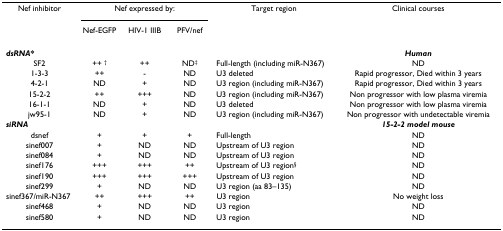
<table><thead><tr><td><b>Nef inhibitor</b></td><td colspan="3"><b>Nef expressed by:</b></td><td><b>Target region</b></td><td><b>Clinical courses</b></td></tr><tr><td></td><td><b>Nef-EGFP</b></td><td><b>HIV-1 IIIB</b></td><td><b>PFV/nef</b></td><td></td><td></td></tr></thead><tbody><tr><td><b><i>dsRNA</i>*</b></td><td></td><td></td><td></td><td></td><td><b><i>Human</i></b></td></tr><tr><td>SF2</td><td>++ <sup>†</sup></td><td>++</td><td>ND<sup>‡</sup></td><td>Full-length (including miR-N367)</td><td>ND</td></tr><tr><td>1-3-3</td><td>++</td><td>-</td><td>ND</td><td>U3 deleted</td><td>Rapid progressor, Died within 3 years</td></tr><tr><td>4-2-1</td><td>ND</td><td>+</td><td>ND</td><td>U3 region (including miR-N367)</td><td>Rapid progressor, Died within 3 years</td></tr><tr><td>15-2-2</td><td>++</td><td>+++</td><td>ND</td><td>U3 region (including miR-N367)</td><td>Non progressor with low plasma viremia</td></tr><tr><td>16-1-1</td><td>ND</td><td>+</td><td>ND</td><td>U3 deleted</td><td>Non progressor with low plasma viremia</td></tr><tr><td>jw95-1</td><td>ND</td><td>+</td><td>ND</td><td>U3 region (including miR-N367)</td><td>Non progressor with undetectable viremia</td></tr><tr><td><b><i>siRNA</i></b></td><td></td><td></td><td></td><td></td><td><b><i>15-2-2 model mouse</i></b></td></tr><tr><td>dsnef</td><td>+</td><td>+</td><td>+</td><td>Full-length</td><td>ND</td></tr><tr><td>sinef007</td><td>+</td><td>ND</td><td>ND</td><td>Upstream of U3 region</td><td>ND</td></tr><tr><td>sinef084</td><td>+</td><td>ND</td><td>ND</td><td>Upstream of U3 region</td><td>ND</td></tr><tr><td>sinef176</td><td>+++</td><td>+++</td><td>++</td><td>Upstream of U3 region<sup>§</sup></td><td>ND</td></tr><tr><td>sinef190</td><td>+++</td><td>+++</td><td>+++</td><td>Upstream of U3 region</td><td>ND</td></tr><tr><td>sinef299</td><td>+</td><td>ND</td><td>ND</td><td>U3 region (aa 83–135)</td><td>ND</td></tr><tr><td>sinef367/miR-N367</td><td>++</td><td>+++</td><td>++</td><td>U3 region</td><td>No weight loss</td></tr><tr><td>sinef468</td><td>+</td><td>ND</td><td>ND</td><td>U3 region</td><td>ND</td></tr><tr><td>sinef580</td><td>+</td><td>ND</td><td>ND</td><td>U3 region</td><td>ND</td></tr></tbody></table>